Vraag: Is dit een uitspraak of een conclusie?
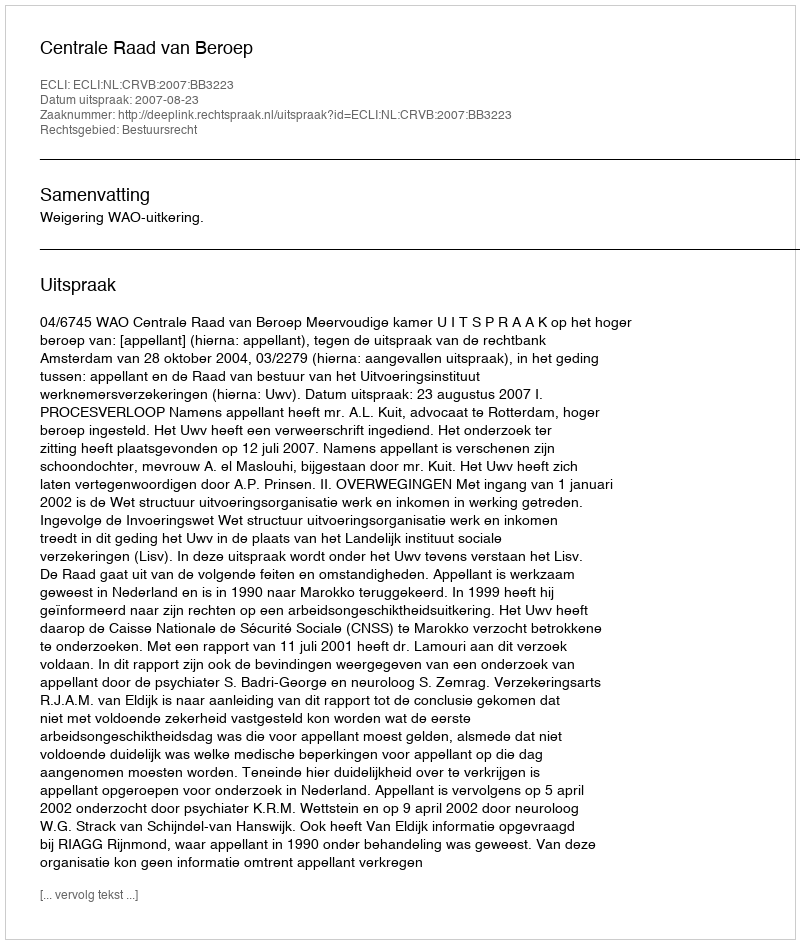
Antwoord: Uitspraak